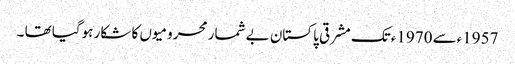
1957ءسے 1970ءتک مشرقی پاکستان بے شمار محرومیوں کا شکار ہوگیا تھا ۔